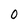
Character: 0